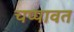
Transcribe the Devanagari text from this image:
चप्पावत